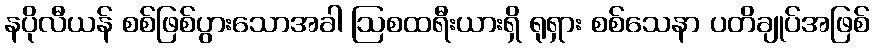
နပိုလီယန် စစ်ဖြစ်ပွားသောအခါ ဩစထရီးယားရှိ ရုရှား စစ်သေနာ ပတိချုပ်အဖြစ်